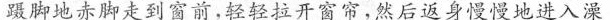
蹑脚地赤脚走到窗前，轻轻拉开窗帘，然后返身慢慢地进入澡